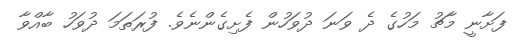
ފަށާނީ މާޗު މަހުގެ ދެ ވަނަ ދުވަހުން ފެށިގެންނެވެ. ފުރަތަމަ ދުވަހު ބާއްވާ